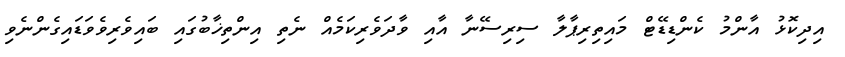
އިދިކޮޅު އާންމު ކެންޑިޑޭޓް މައިތިރިޕާލާ ސިރިސޭނާ އާއި ވާދަވެރިކަމެއް ނެތި އިންތިޚާބުގައި ބައިވެރިވެވަޑައިގެންނެވި